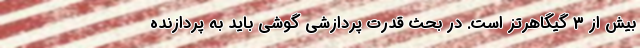
بیش از 3 گیگاهرتز است. در بحث قدرت پردازشی گوشی باید به پردازنده